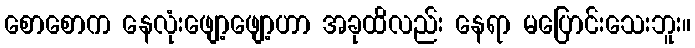
စောစောက နေလုံးဖျော့ဖျော့ဟာ အခုထိလည်း နေရာ မပြောင်းသေးဘူး။